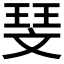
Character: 𪯥